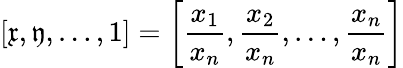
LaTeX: \left[{\mathfrak{x}},{\mathfrak{y}},\dots,1\right]=\left[{\frac{x_{1}}{x_{n}}},{\frac{x_{2}}{x_{n}}},\dots,{\frac{x_{n}}{x_{n}}}\right]